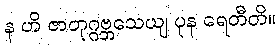
န ဟိ ဇာတုဂ္ဂဗ္ဘသေယျ ပုန ရေတီတိ။